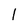
Character: 1